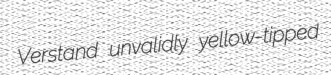
Verstand unvalidly yellow-tipped